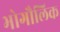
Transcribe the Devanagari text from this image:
भोगौलिक